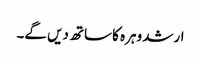
ارشد وہرہ کا ساتھ دیں گے۔